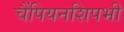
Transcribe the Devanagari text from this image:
चैंपियनशिपभी